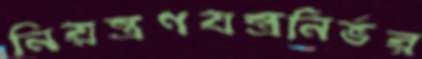
নিয়ন্ত্রণযন্ত্রনির্ভর